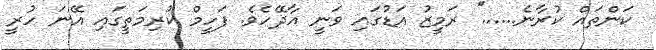
ކަންތައް ކުރާނެ......'' ރަމީޒު އަޑުގައި ވަނީ އާދޭހެވެ. ފަހީމް ކުރިމަތީގައި އޭނަ ހުރީ